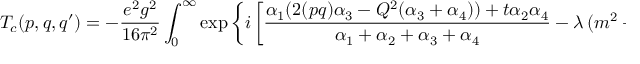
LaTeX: T _ { c } ( p , q , q ^ { \prime } ) = - \frac { e ^ { 2 } g ^ { 2 } } { 1 6 \pi ^ { 2 } } \int _ { 0 } ^ { \infty } \exp \left\{ i \left[ { \frac { \alpha _ { 1 } ( 2 ( p q ) \alpha _ { 3 } - Q ^ { 2 } ( \alpha _ { 3 } + \alpha _ { 4 } ) ) + t \alpha _ { 2 } \alpha _ { 4 } } { \alpha _ { 1 } + \alpha _ { 2 } + \alpha _ { 3 } + \alpha _ { 4 } } } - \lambda \, ( m ^ { 2 } - i \epsilon ) \right] \right\} \frac { d \alpha _ { 1 } d \alpha _ { 2 } d \alpha _ { 3 } d \alpha _ { 4 } } { \lambda ^ { 2 } } \, .